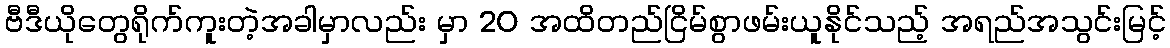
ဗီဒီယိုတွေရိုက်ကူးတဲ့အခါမှာလည်း မှာ 20 အထိတည်ငြိမ်စွာဖမ်းယူနိုင်သည့် အရည်အသွင်းမြင့်